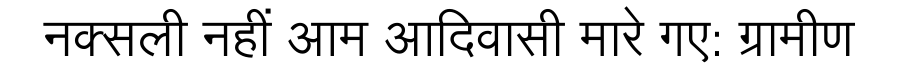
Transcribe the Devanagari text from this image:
नक्सली नहीं आम आदिवासी मारे गए: ग्रामीण